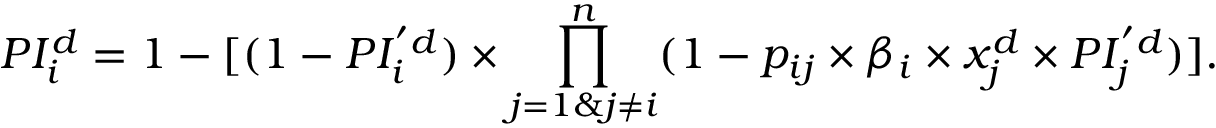
P I _ { i } ^ { d } = 1 - [ ( 1 - P I _ { i } ^ { ' d } ) \times \prod _ { j = 1 \& j \ne i } ^ { n } ( 1 - p _ { i j } \times \beta _ { i } \times x _ { j } ^ { d } \times P I _ { j } ^ { ' d } ) ] .